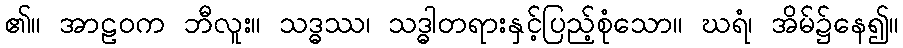
၏။ အာဠဝက ဘီလူး။ သဒ္ဓဿ၊ သဒ္ဓါတရားနှင့်ပြည့်စုံသော။ ဃရံ၊ အိမ်၌နေ၍။